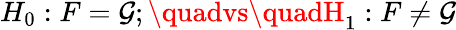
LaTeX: H_{0}:F=\mathcal{G};\quadvs\quadH_{1}:F\neq\mathcal{G}